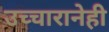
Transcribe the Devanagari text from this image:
उच्चारानेही